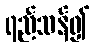
ရည်သန်၍